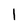
Character: 1